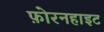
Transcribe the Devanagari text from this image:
फ़ोरनहाइट